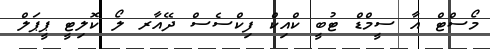
މޯސްޓް އާ ސީމްޑް ޓުބީ ކްއިކް ފިކްސެސް ދޭއާރ ލޯ ކޮލިޓީ ޕީޕަލް